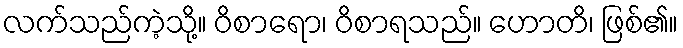
လက်သည်ကဲ့သို့။ ဝိစာရော၊ ဝိစာရသည်။ ဟောတိ၊ ဖြစ်၏။